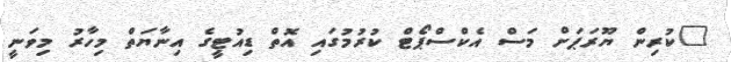
"ކުރިން ޔޫރަޕަށް މަސް އެކްސްޕޯޓް ކުރުމުގައި އޮތް ޑިއުޓީގެ އިނާޔަތް މިހާރު މިވަނީ